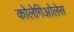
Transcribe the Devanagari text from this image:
कोलेगिओलेस